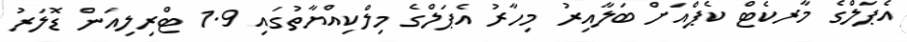
އެޕަލްގެ މާރކެޓް ކެޕްއަށް ބަލާއިރު މިހާރު އެޕަލްގެ މިލްކިއްޔާތުގައި 1.9 ޓްރިލިއަން ޑޮލަރު